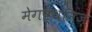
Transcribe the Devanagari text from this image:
मेगष्थनिज़